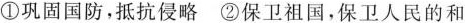
①巩固国防，抵抗侵略②保卫祖国，保卫人民的和